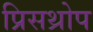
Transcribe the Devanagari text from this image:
प्रिसथ्रोप